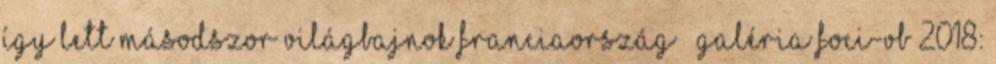
így lett másodszor világbajnok Franciaország – galéria Foci-vb 2018: